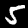
Label: 5